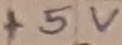
Text: +5V